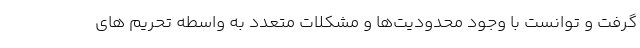
گرفت و توانست با وجود محدودیت‌ها و مشکلات متعدد به واسطه تحریم های